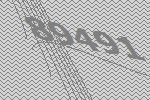
89491